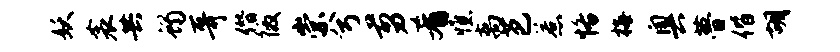
妖衾共蝎哥僭徼崇兮剪肴憔离芭惹恪梅奥瞢偕胡